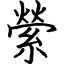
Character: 縈